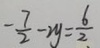
- \frac { 7 } { 2 } - 2 y = \frac { 6 } { 2 }